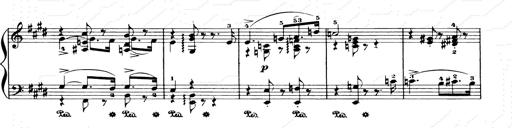
Title: Consolations and LiebestrÃ¤ume for the Piano
Composer: Franz Liszt